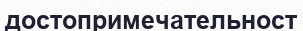
достопримечательност